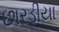
છારડીયા